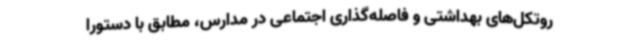
روتکل‌های بهداشتی و فاصله‌گذاری اجتماعی در مدارس، مطابق با دستورا